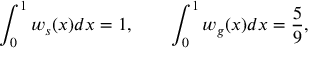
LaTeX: \int _ { 0 } ^ { 1 } w _ { s } ( x ) d x = 1 , \qquad \int _ { 0 } ^ { 1 } w _ { g } ( x ) d x = \frac { 5 } { 9 } ,